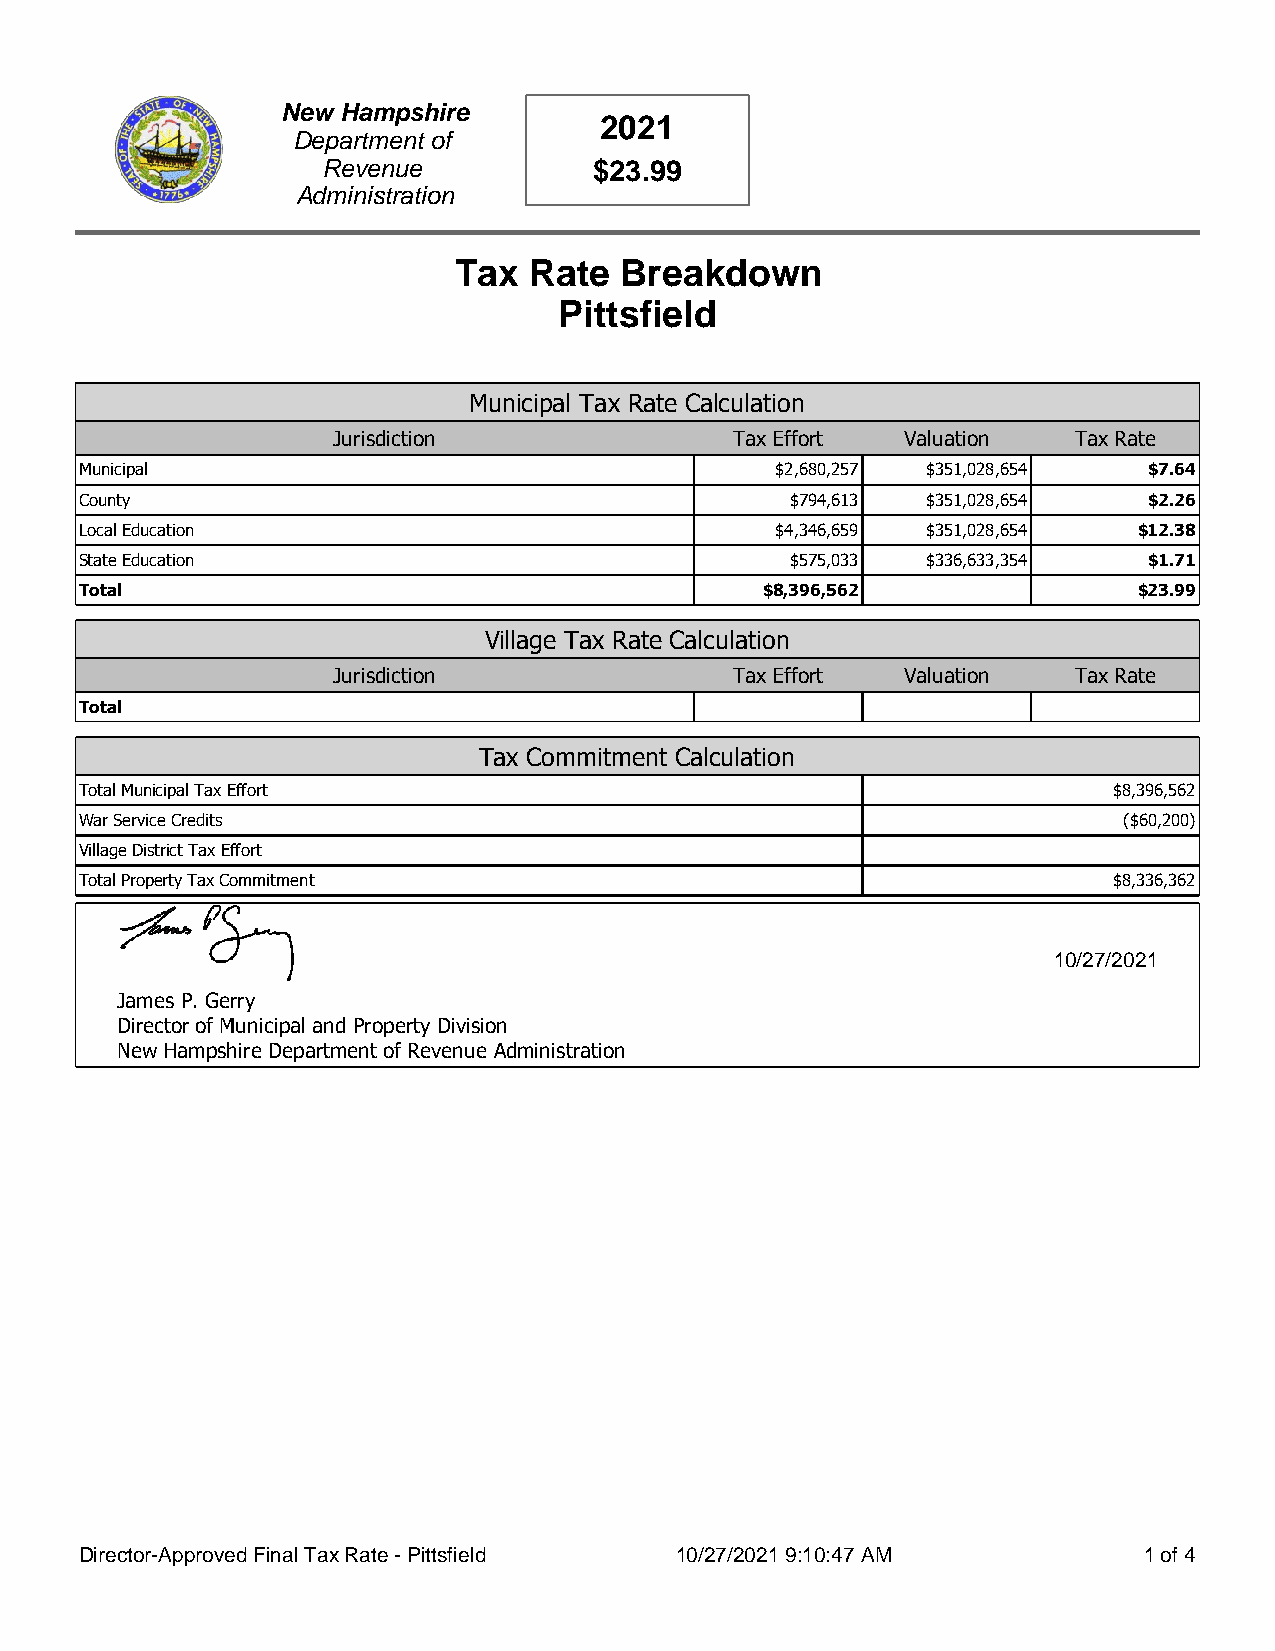
New Hampshire
 2021
 Department of
 Revenue           $23.99
 Administration
 Tax  Rate  Breakdown
 Pittsfield
 Municipal Tax Rate Calculation
 Jurisdiction               Tax Effort Valuation  Tax Rate
 Municipal                                     $2,680,257 $351,028,654  $7.64
 County                                         $794,613 $351,028,654   $2.26
 Local Education                               $4,346,659 $351,028,654 $12.38
 State Education                                $575,033 $336,633,354   $1.71
 Total                                         $8,396,562              $23.99
 Village Tax Rate Calculation
 Jurisdiction               Tax Effort Valuation  Tax Rate
 Total
 Tax Commitment Calculation
 Total Municipal Tax Effort                                           $8,396,562
 War Service Credits                                                  ($60,200)
 Village District Tax Effort
 Total Property Tax Commitment                                        $8,336,362
 10/27/2021
 James P. Gerry
 Director of Municipal and Property Division
 New Hampshire Department of Revenue Administration
 Director-Approved Final Tax Rate - Pittsfield 10/27/2021 9:10:47 AM    1 of 4